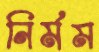
নির্মম